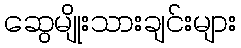
ဆွေမျိုးသားချင်းများ